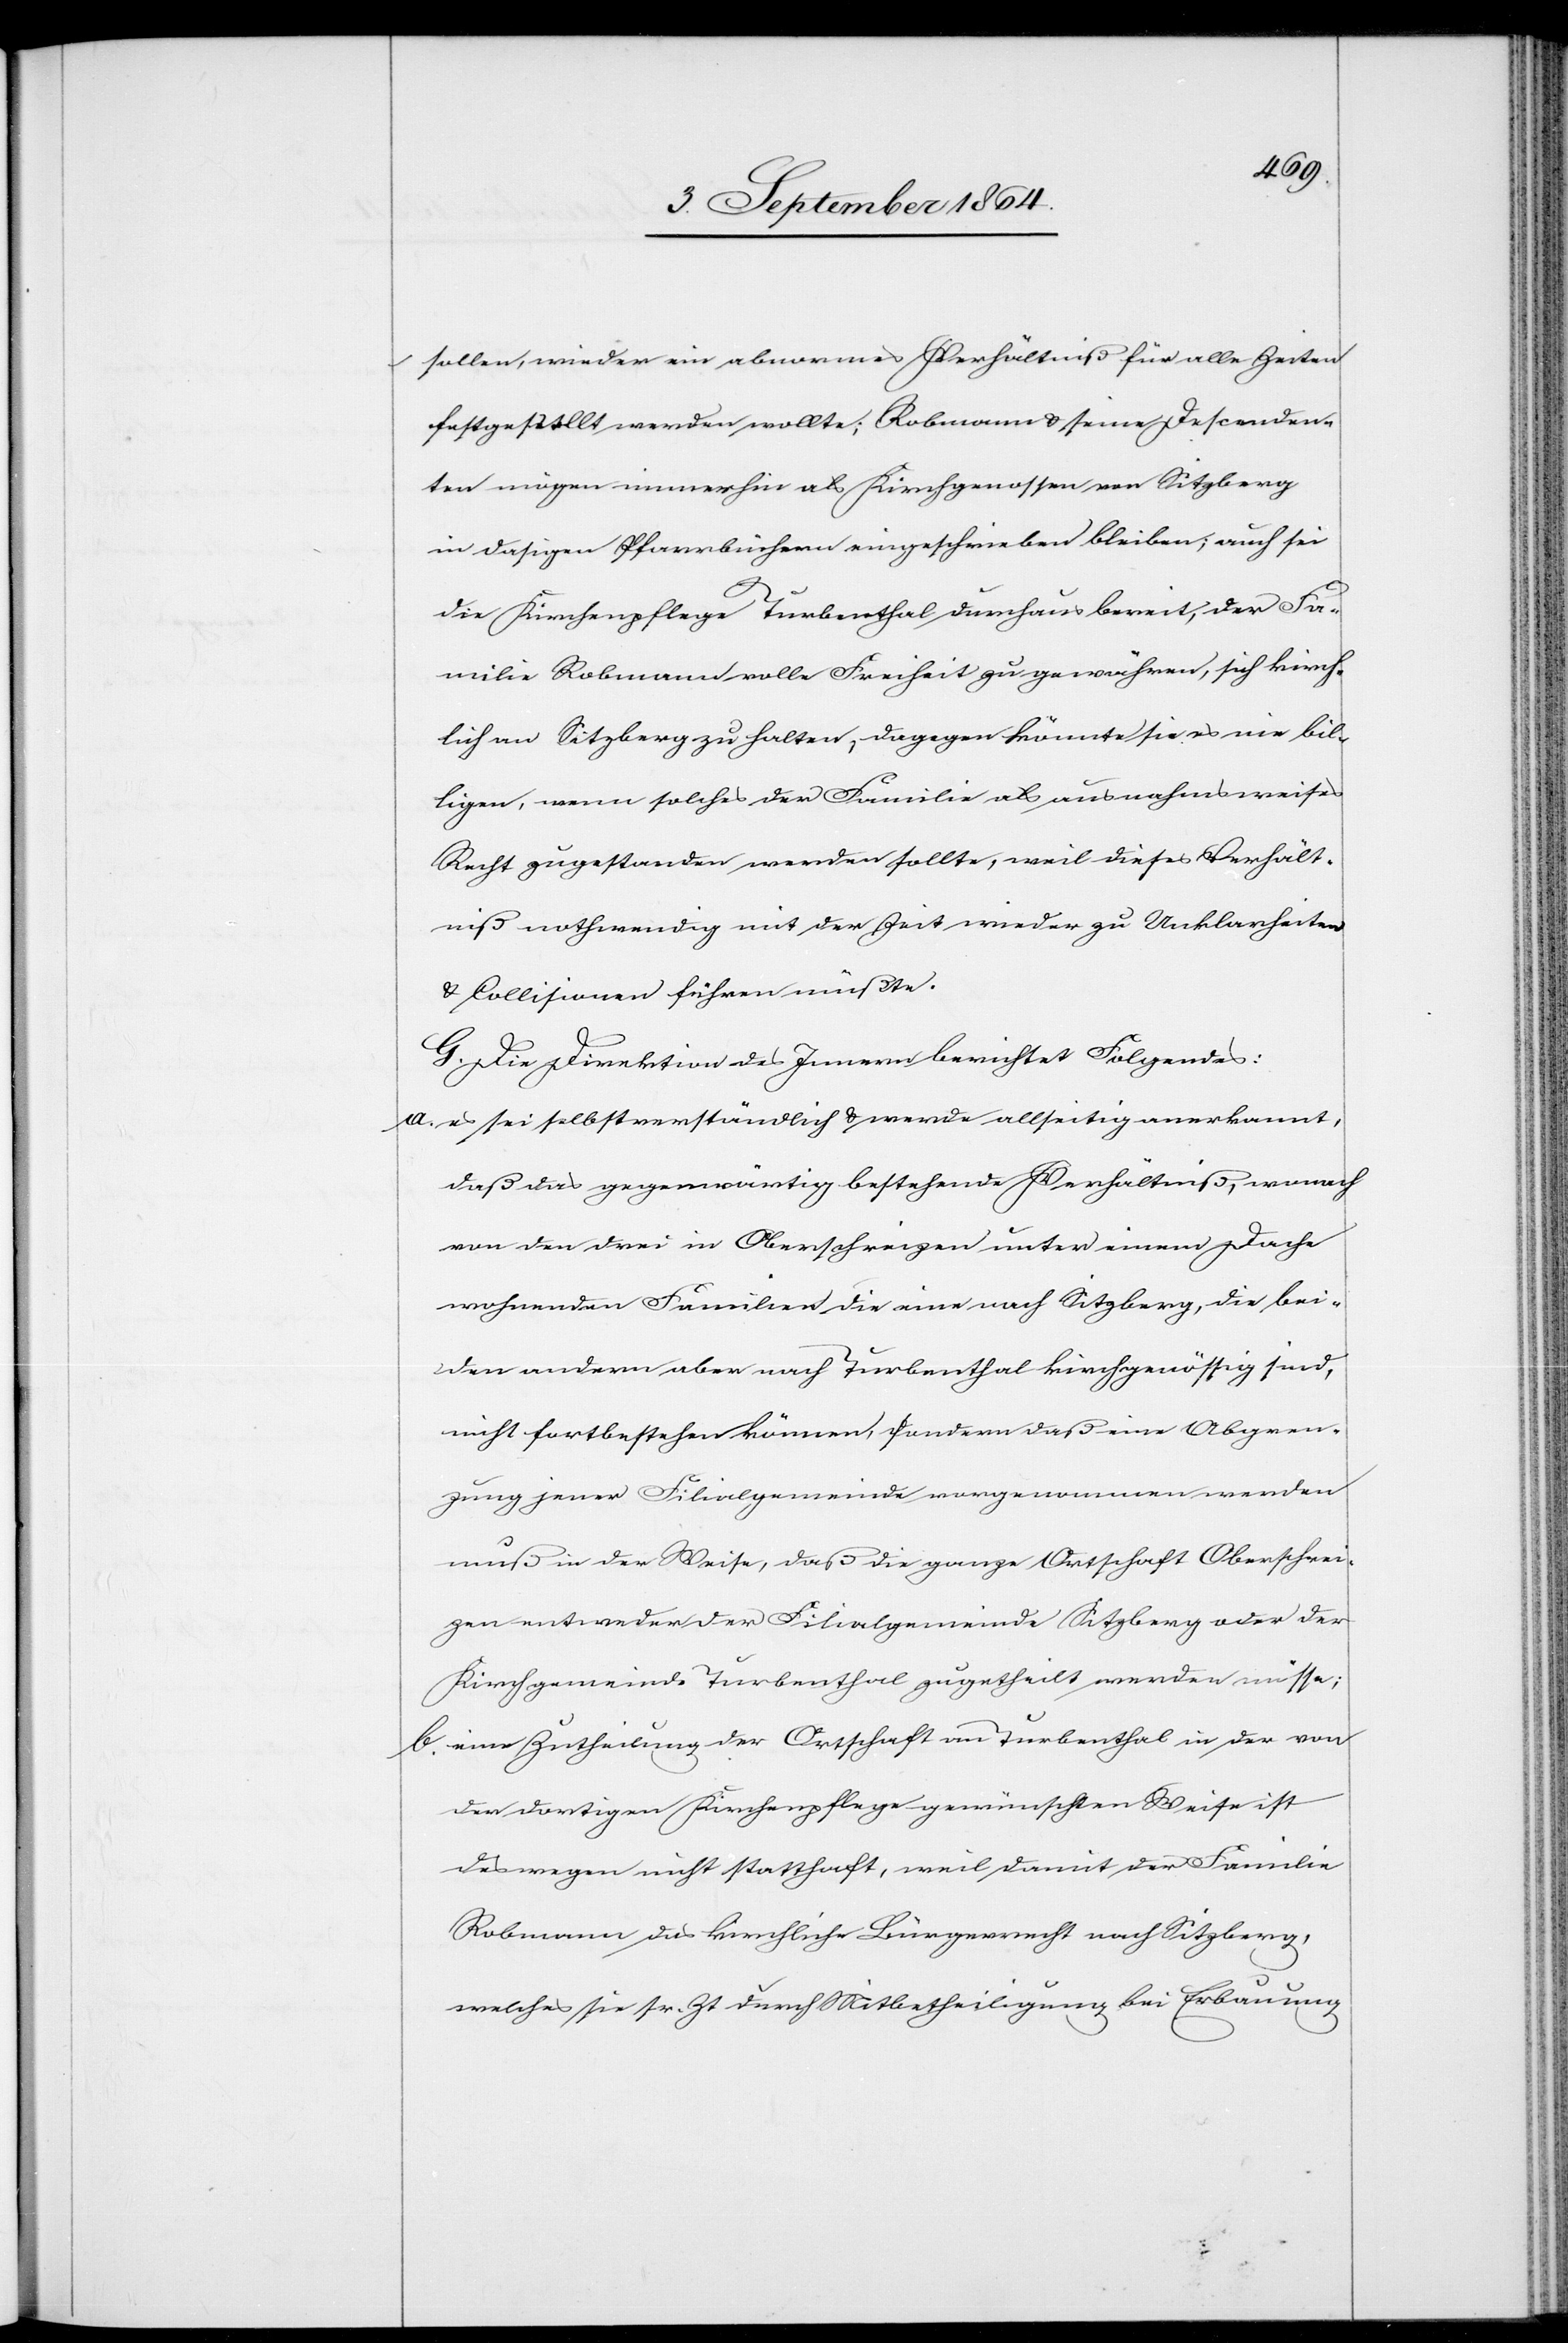
sollen, wieder ein abnormes Verhältniß für alle Zeiten
festgestellt werden wollte; Robmann & seine Descenden¬
ten mögen immerhin als Kirchgenossen von Sitzberg
in dasigen Pfarrbüchern eingeschrieben bleiben; auch sei
die Kirchenpflege Turbenthal durchaus bereit, der Fa¬
milie Robmann volle Freiheit zu gewähren, sich kirch¬
lich an Sitzberg zu halten; dagegen könnte sie es nie bil¬
ligen, wenn solches der Familie als ausnahmsweises
Recht zugestanden werden sollte, weil dieses Verhält¬
niß nothwendig mit der Zeit wieder zu Unklarheiten
& Collisionen führen müßte.
G. Die Direktion des Innern berichtet Folgendes:
a)	es sei selbstverständlich & werde allseitig anerkannt,
daß das gegenwärtig bestehende Verhältniß, wonach
von den drei in Oberschreizen unter einem Dache
wohnenden Familien die eine nach Sitzberg, die bei¬
den andern aber nach Turbenthal kirchgenössig sind,
nicht fortbestehen können, sondern daß eine Abgren¬
zung jener Filialgemeinde vorgenommen werden
muß in der Weise, daß die ganze Ortschaft Oberschrei¬
zen entweder der Filialgemeinde Sitzberg oder der
Kirchgemeinde Turbenthal zugetheilt werden müsse;
b)	eine Zutheilung der Ortschaft an Turbenthal in der von
der dortigen Kirchenpflege gewünschten Weise ist
deswegen nicht statthaft, weil damit der Familie
Robmann das kirchliche Bürgerrecht nach Sitzberg,
welches sie sr. Zt. durch Mitbetheiligung bei Erbauung